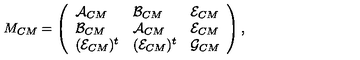
M _ { C M } = \left( \begin{array} { l l l } { \mathcal { A } _ { C M } } & { \mathcal { B } _ { C M } } & { \mathcal { E } _ { C M } } \\ { \mathcal { B } _ { C M } } & { \mathcal { A } _ { C M } } & { \mathcal { E } _ { C M } } \\ { ( \mathcal { E } _ { C M } ) ^ { t } } & { ( \mathcal { E } _ { C M } ) ^ { t } } & { \mathcal { G } _ { C M } } \\ \end{array} \right) ,